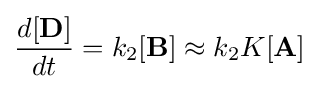
{\frac {d[\mathbf {D} ]}{dt}}=k_{2}[\mathbf {B} ]\approx k_{2}K[\mathbf {A} ]